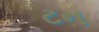
ટન